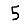
Digit: 5